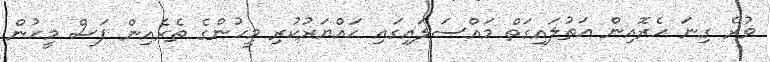
ވުރެ ގިނަ ހެރޮއިން އަތުލައިގަތް މައްސަލައިގައި ހައްޔަރުކުރި މީހުންގެ ތެރެއިން ފަސް މީހުން